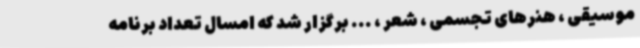
موسیقی ، هنرهای تجسمی ، شعر ، ... برگزار شد که امسال تعداد برنامه